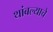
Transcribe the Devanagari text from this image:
थांबल्याचे